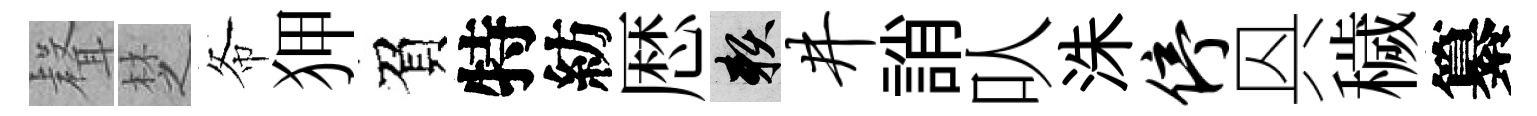
𮋻椘𢁙狎負特紡厯賴井誚㕥洙停㒷穢纂